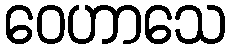
ဝေဟာသေ